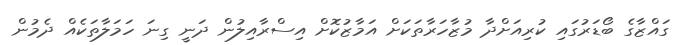
ގައްޒާގެ ބޯޑަރުގައި ކުރިއަށްދާ މުޒާހަރާތަކަށް އަމާޒުކޮށް އިސްރާއިލުން ދަނީ ގިނަ ހަމަލާތަކެއް ދެމުން